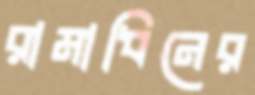
রামাধিনের